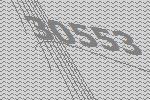
30553